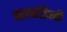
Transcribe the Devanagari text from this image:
समत्रिपदी